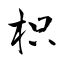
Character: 枳